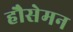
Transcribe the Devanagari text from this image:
हौसेमन